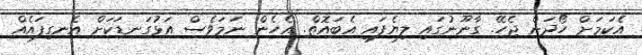
އެކަމަށް ހޯދަން ޖެހޭ. ގާނޫނުގައި ލިޔެފައި އެބައޮތް. އެހެން ނަމަވެސް އަޅުގަނޑަކަށް އެނގިފައެއް